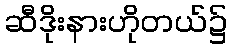
ဆီဒိုးနားဟိုတယ်၌